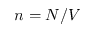
n = N / V